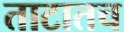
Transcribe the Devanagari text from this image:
ताटातच